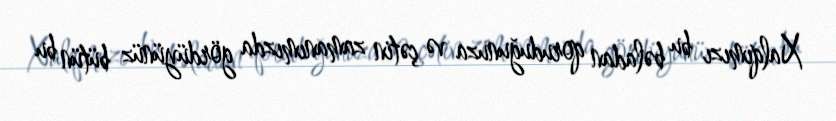
Xalqımızı bu bəladan qoruduğunuza və çətin zamanımızda gördüyünüz bütün bu